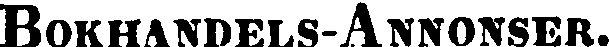
Bokhandels-Annonser.